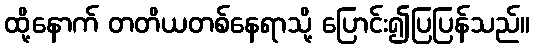
ထို့နောက် တတိယတစ်နေရာသို့ ပြောင်း၍ပြပြန်သည်။